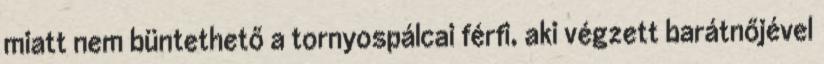
miatt nem büntethető a tornyospálcai férfi, aki végzett barátnőjével